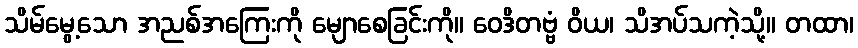
သိမ်မွေ့သော အညစ်အကြေးကို မျောစေခြင်းကို။ ဝေဒိတဗ္ဗံ ဝိယ၊ သိအပ်သကဲ့သို့။ တထာ၊